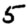
Digit: 5